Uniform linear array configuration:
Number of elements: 48
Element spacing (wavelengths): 0.5
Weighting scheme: cosine
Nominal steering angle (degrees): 15
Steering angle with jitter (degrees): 14.768
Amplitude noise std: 0.05
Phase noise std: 0.05

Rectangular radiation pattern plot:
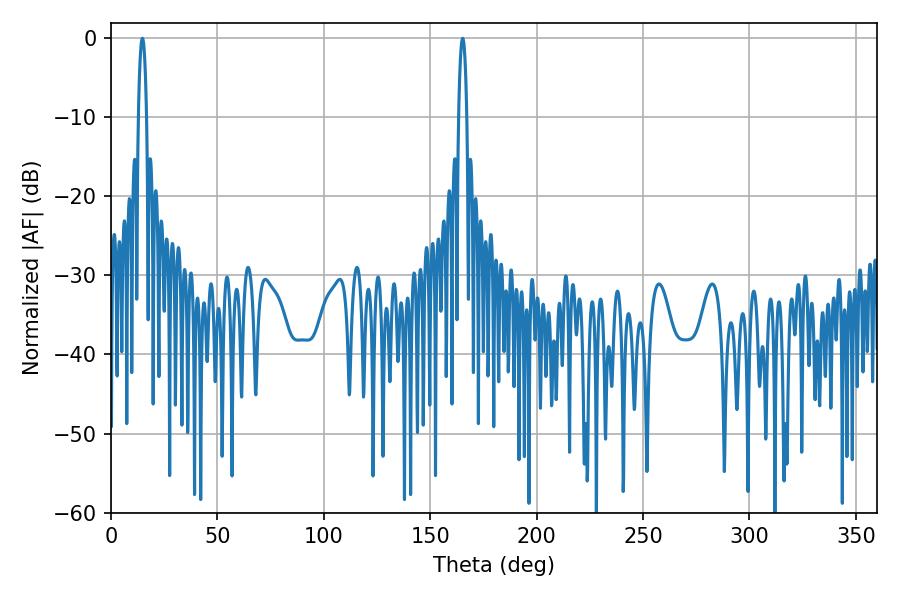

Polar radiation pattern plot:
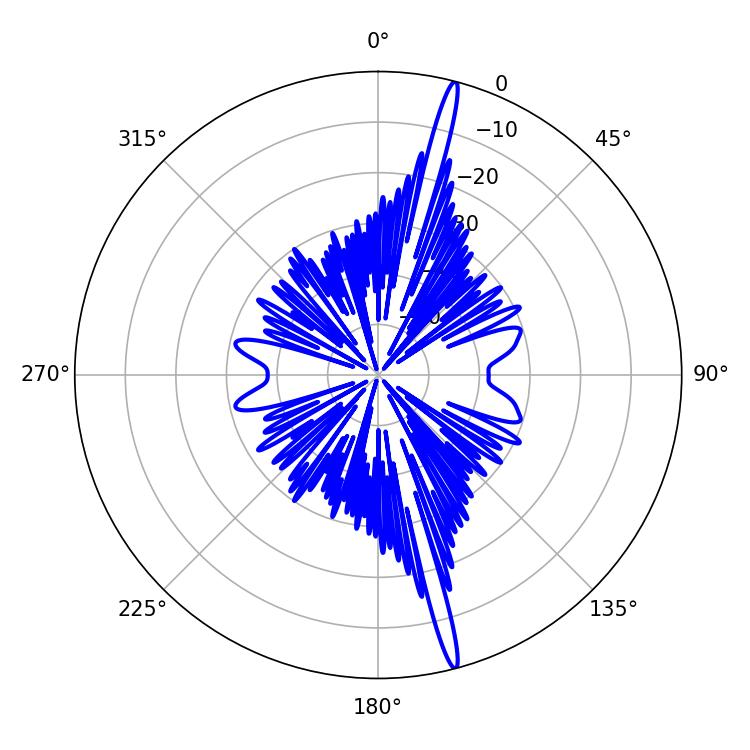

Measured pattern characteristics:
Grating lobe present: FALSE
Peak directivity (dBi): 19.549
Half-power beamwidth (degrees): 2.16
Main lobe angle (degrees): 14.76